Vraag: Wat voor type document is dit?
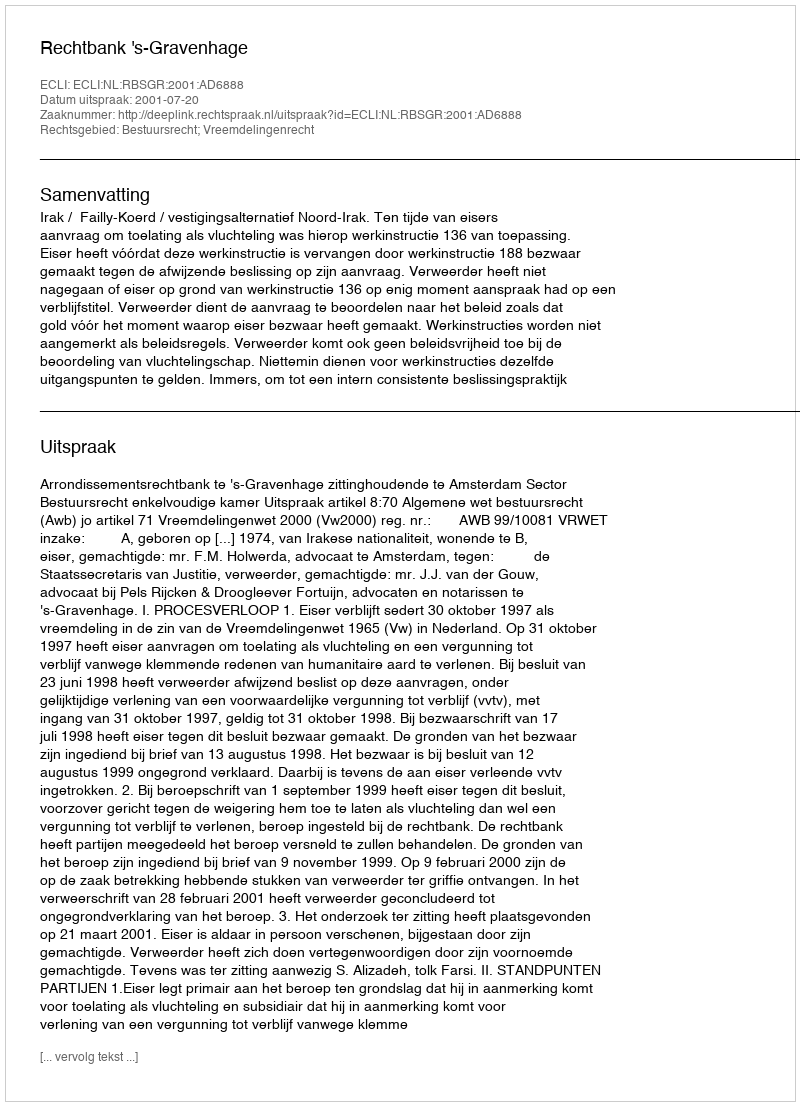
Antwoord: Uitspraak